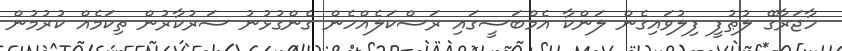
ހާޖަރާގޭ ލުޠުފީ ފިލުވައިގެން ލަންކާ އެމްބަސީގައި ރަސްކަލެއްހެން ގެންގުޅުނު ސަރުކާރުން ތިކަމެއް ކުރުމުން